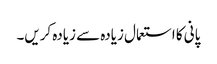
پانی کا استعمال زیادہ سے زیادہ کریں۔